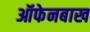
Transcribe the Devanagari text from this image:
ऑफेनबाख